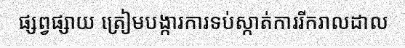
ផ្សព្វផ្សាយ ត្រៀមបង្ការការទប់ស្កាត់ការរីករាលដាល